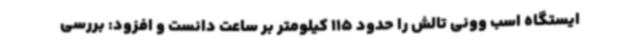
ایستگاه اسب وونی تالش را حدود 115 کیلومتر بر ساعت دانست و افزود: بررسی